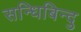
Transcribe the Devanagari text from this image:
सन्धिबिन्दु